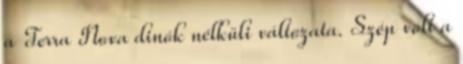
a Terra Nova dinók nélküli változata. Szép volt a